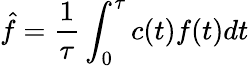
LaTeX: \hat{f}=\frac{1}{\tau}\int_{0}^{\tau}c(t)f(t)dt